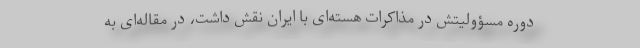
دوره مسؤولیتش در مذاکرات هسته‌ای با ایران نقش داشت، در مقاله‌ای به